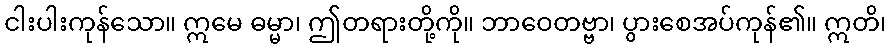
ငါးပါးကုန်သော။ ဣမေ ဓမ္မာ၊ ဤတရားတို့ကို။ ဘာဝေတဗ္ဗာ၊ ပွားစေအပ်ကုန်၏။ ဣတိ၊